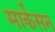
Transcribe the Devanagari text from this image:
मार्कसन